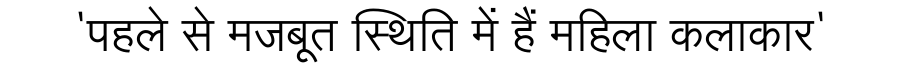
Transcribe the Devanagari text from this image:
'पहले से मजबूत स्थिति में हैं महिला कलाकार'